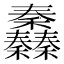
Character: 䆐